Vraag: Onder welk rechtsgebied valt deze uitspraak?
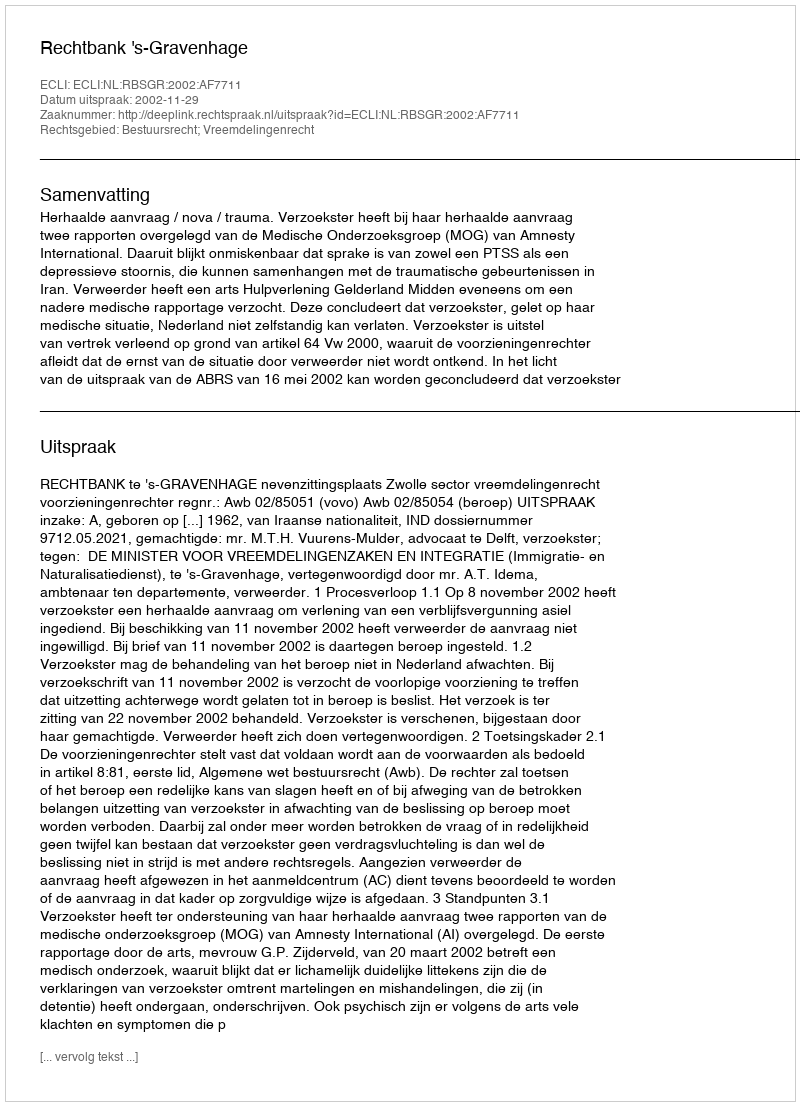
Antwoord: Bestuursrecht; Vreemdelingenrecht